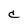
Character: C